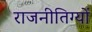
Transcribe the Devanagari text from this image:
राजनीतिग्यों